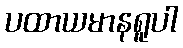
ပထာယမာနရူပါ